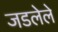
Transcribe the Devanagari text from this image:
जडलेले